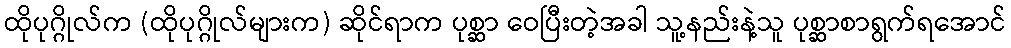
ထိုပုဂ္ဂိုလ်က (ထိုပုဂ္ဂိုလ်များက) ဆိုင်ရာက ပုစ္ဆာ ဝေပြီးတဲ့အခါ သူ့နည်းနဲ့သူ ပုစ္ဆာစာရွက်ရအောင်